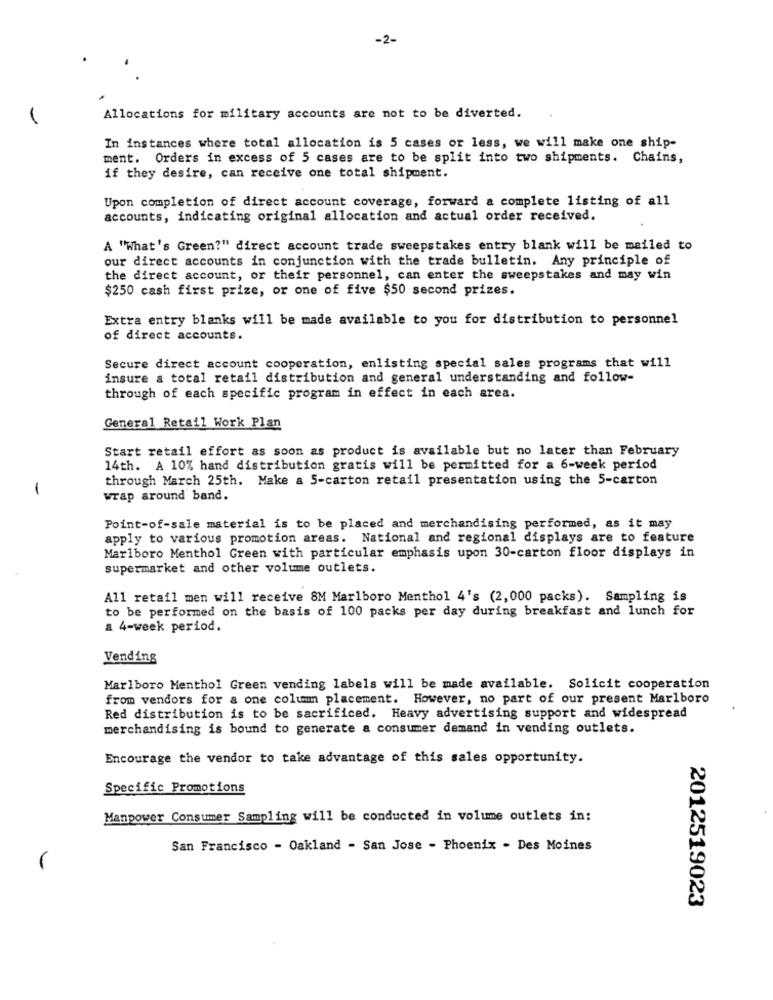
-2-
Allocations for military accounts are not to be diverted.
In instances where total allocation is 5 cases or less, we will make one ship-
ment. Orders in excess of 5 cases are to be split into two shipments. Chains,
if they desire, can receive one total shipment.
Upon completion of direct account coverage, forward a complete listing of all
accounts, indicating original allocation and actual order received.
A "What's Green?" direct account trade sweepstakes entry blank will be mailed to
our direct accounts in conjunction with the trade bulletin. Any principle of
the direct account, or their personnel, can enter the sweepstakes and may win
$250 cash first prize, or one of five $50 second prizes.
Extra entry blanks will be made available to you for distribution to personnel
of direct accounts.
Secure direct account cooperation, enlisting special sales programs that will
insure a total retail distribution and general understanding and follow-
through of each specific program in effect in each area.
General Retail Work Plan
Start retail effort as soon as product is available but no later than February
14th. A 10% hand distribution gratis will be permitted for a 6-week period
through March 25th. Make a 5-carton retail presentation using the 5-carton
-
wrap around band.
Point-of-sale material is to be placed and merchandising performed, as it may
apply to various promotion areas. National and regional displays are to feature
Marlboro Menthol Green with particular emphasis upon 30-carton floor displays in
supermarket and other volume outlets.
All retail men will receive 8M Marlboro Menthol 4's (2,000 packs). Sampling is
to be performed on the basis of 100 packs per day during breakfast and lunch for
a 4-week period.
Vending
Marlboro Menthol Green vending labels will be made available. Solicit cooperation
from vendors for a one column placement. However, no part of our present Marlboro
Red distribution is to be sacrificed. Heavy advertising support and widespread
merchandising is bound to generate a consumer demand in vending outlets.
Encourage the vendor to take advantage of this sales opportunity.
Specific Promotions
Manpower Consumer Sampling will be conducted in volume outlets in:
San Francisco - Oakland - San Jose - Phoenix - Des Moines
2012519023